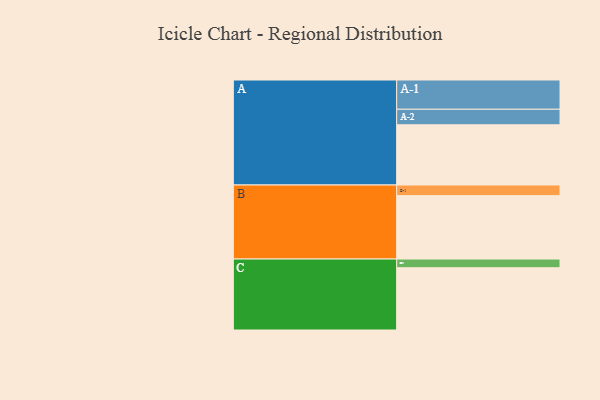
{"axis": {"x": "Segment", "y": "Value"}, "legend": ["", "A", "B", "C"], "data": [{"x": "A", "y": 527, "type": ""}, {"x": "B", "y": 555, "type": ""}, {"x": "C", "y": 545, "type": ""}, {"x": "A-1", "y": 256, "type": "A"}, {"x": "A-2", "y": 136, "type": "A"}, {"x": "B-1", "y": 93, "type": "B"}, {"x": "C-1", "y": 76, "type": "C"}]}